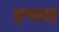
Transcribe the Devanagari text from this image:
मृणाल्